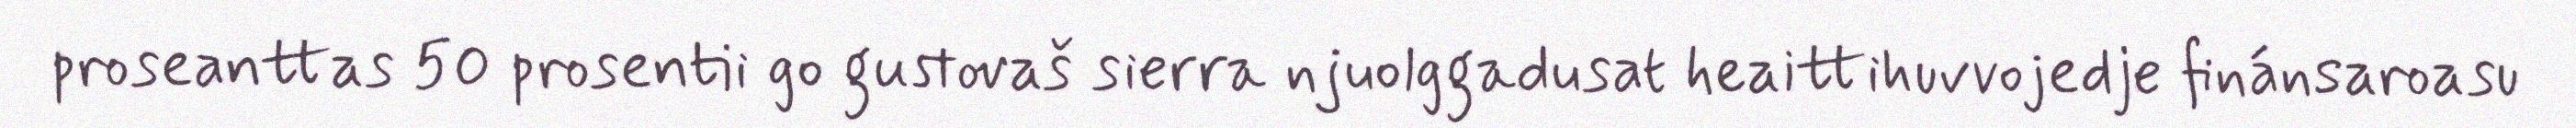
proseanttas 50 prosentii go gustovaš sierra njuolggadusat heaittihuvvojedje finánsaroasu